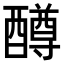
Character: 𫑼